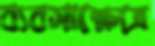
ব্যবসাক্ষেত্রে